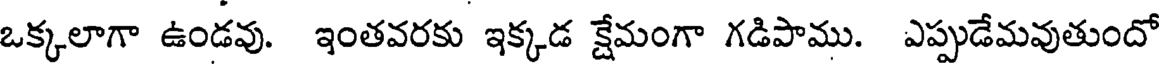
ఒక్కలాగా ఉండవు. ఇంతవరకు ఇక్కడ క్షేమంగా గడిపాము. ఎప్పుడేమవుతుందో